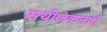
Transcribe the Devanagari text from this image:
सयोजकताएँ